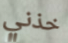
خذني